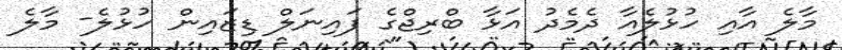
މާލެ އާއި ހުޅުލެއާ ދެމެދު އަޅާ ބްރިޖްގެ ފައިނަލް ޑިޒައިން ހުޅުލެ- މާލެ